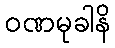
ဝဏမုခါနိ